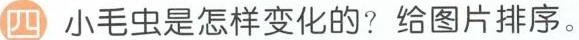
四 小毛虫是怎样变化的？给图片排序。